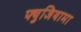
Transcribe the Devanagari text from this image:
फ्युजियामा